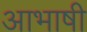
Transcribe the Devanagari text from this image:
आभाषी